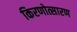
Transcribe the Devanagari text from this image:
किरणोत्सारण